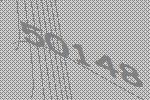
50148